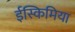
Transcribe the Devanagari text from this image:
ईस्किमिया